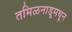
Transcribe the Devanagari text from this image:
तमिळनाडूमधून